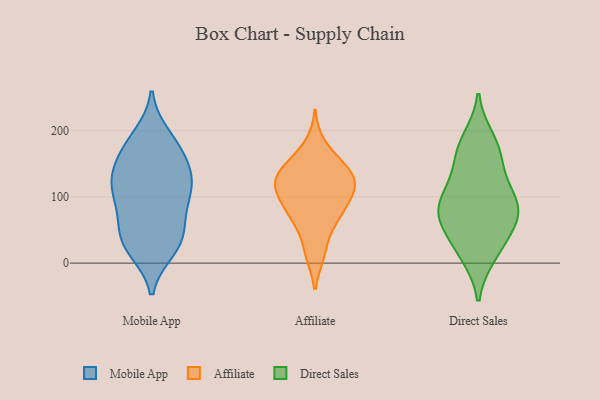
{"axis": {"x": "Customer Acquisition Cost (USD)", "y": "Value"}, "legend": ["Affiliate", "Direct Sales", "Mobile App"], "data": [{"x": "", "y": 129, "type": "Mobile App"}, {"x": "", "y": 161, "type": "Mobile App"}, {"x": "", "y": 177, "type": "Mobile App"}, {"x": "", "y": 140, "type": "Mobile App"}, {"x": "", "y": 179, "type": "Mobile App"}, {"x": "", "y": 192, "type": "Mobile App"}, {"x": "", "y": 20, "type": "Mobile App"}, {"x": "", "y": 27, "type": "Mobile App"}, {"x": "", "y": 94, "type": "Mobile App"}, {"x": "", "y": 87, "type": "Mobile App"}, {"x": "", "y": 103, "type": "Mobile App"}, {"x": "", "y": 136, "type": "Mobile App"}, {"x": "", "y": 25, "type": "Mobile App"}, {"x": "", "y": 50, "type": "Mobile App"}, {"x": "", "y": 122, "type": "Mobile App"}, {"x": "", "y": 59, "type": "Mobile App"}, {"x": "", "y": 39, "type": "Mobile App"}, {"x": "", "y": 114, "type": "Mobile App"}, {"x": "", "y": 140, "type": "Affiliate"}, {"x": "", "y": 113, "type": "Affiliate"}, {"x": "", "y": 129, "type": "Affiliate"}, {"x": "", "y": 143, "type": "Affiliate"}, {"x": "", "y": 99, "type": "Affiliate"}, {"x": "", "y": 73, "type": "Affiliate"}, {"x": "", "y": 120, "type": "Affiliate"}, {"x": "", "y": 15, "type": "Affiliate"}, {"x": "", "y": 70, "type": "Affiliate"}, {"x": "", "y": 158, "type": "Affiliate"}, {"x": "", "y": 14, "type": "Affiliate"}, {"x": "", "y": 90, "type": "Affiliate"}, {"x": "", "y": 74, "type": "Affiliate"}, {"x": "", "y": 113, "type": "Affiliate"}, {"x": "", "y": 141, "type": "Affiliate"}, {"x": "", "y": 55, "type": "Affiliate"}, {"x": "", "y": 125, "type": "Affiliate"}, {"x": "", "y": 113, "type": "Affiliate"}, {"x": "", "y": 179, "type": "Affiliate"}, {"x": "", "y": 179, "type": "Direct Sales"}, {"x": "", "y": 104, "type": "Direct Sales"}, {"x": "", "y": 96, "type": "Direct Sales"}, {"x": "", "y": 11, "type": "Direct Sales"}, {"x": "", "y": 188, "type": "Direct Sales"}, {"x": "", "y": 162, "type": "Direct Sales"}, {"x": "", "y": 79, "type": "Direct Sales"}, {"x": "", "y": 126, "type": "Direct Sales"}, {"x": "", "y": 12, "type": "Direct Sales"}, {"x": "", "y": 77, "type": "Direct Sales"}, {"x": "", "y": 67, "type": "Direct Sales"}, {"x": "", "y": 49, "type": "Direct Sales"}, {"x": "", "y": 39, "type": "Direct Sales"}, {"x": "", "y": 154, "type": "Direct Sales"}, {"x": "", "y": 70, "type": "Direct Sales"}, {"x": "", "y": 95, "type": "Direct Sales"}]}